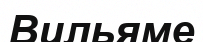
Вильяме